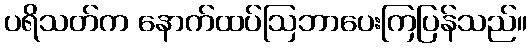
ပရိသတ်က နောက်ထပ်ဩဘာပေးကြပြန်သည်။